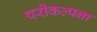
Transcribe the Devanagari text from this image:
परीकल्पना